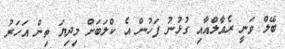
ބޭލް ވަނީ ރެއާލްއާއި ގުޅުނު ފަހުން އެ ކްލަބަށް މިދިޔަ ތިން އަހަރު